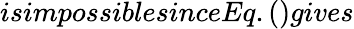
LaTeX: isimpossiblesinceEq.()gives